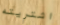
اشتريته